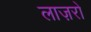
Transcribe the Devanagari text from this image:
लाज़रो